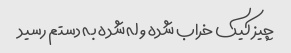
چیز کیک خراب شده و له شده به دستم رسید